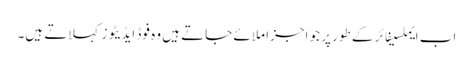
اب ایملسیفائر کے طور پر جو اجزا ملائے جاتے ہیں وہ فوڈ ایڈیٹو زکہلاتے ہیں۔